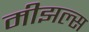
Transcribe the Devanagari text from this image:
मीझल्स